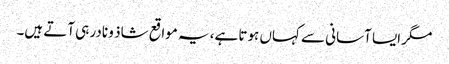
مگر ایسا آسانی سے کہاں ہوتا ہے، یہ مواقع شاذ و نادر ہی آتے ہیں۔